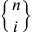
{ n \brace i }